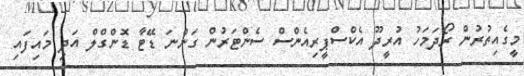
މީގެއިތުރުން ރޯދަމަހު އުރީދޫ އެކްސްޕީރިއެންސް ސެންޓަރުން ގަންނަ ޑޭޓާ ޑޮންގްލް އަދި މައިފައި